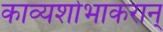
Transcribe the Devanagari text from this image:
काव्यशोभाकरान्